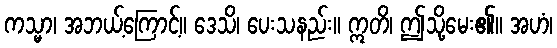
ကသ္မာ၊ အဘယ့်ကြောင့်။ ဒေသိ၊ ပေးသနည်း။ ဣတိ၊ ဤသို့မေး၏။ အဟံ၊